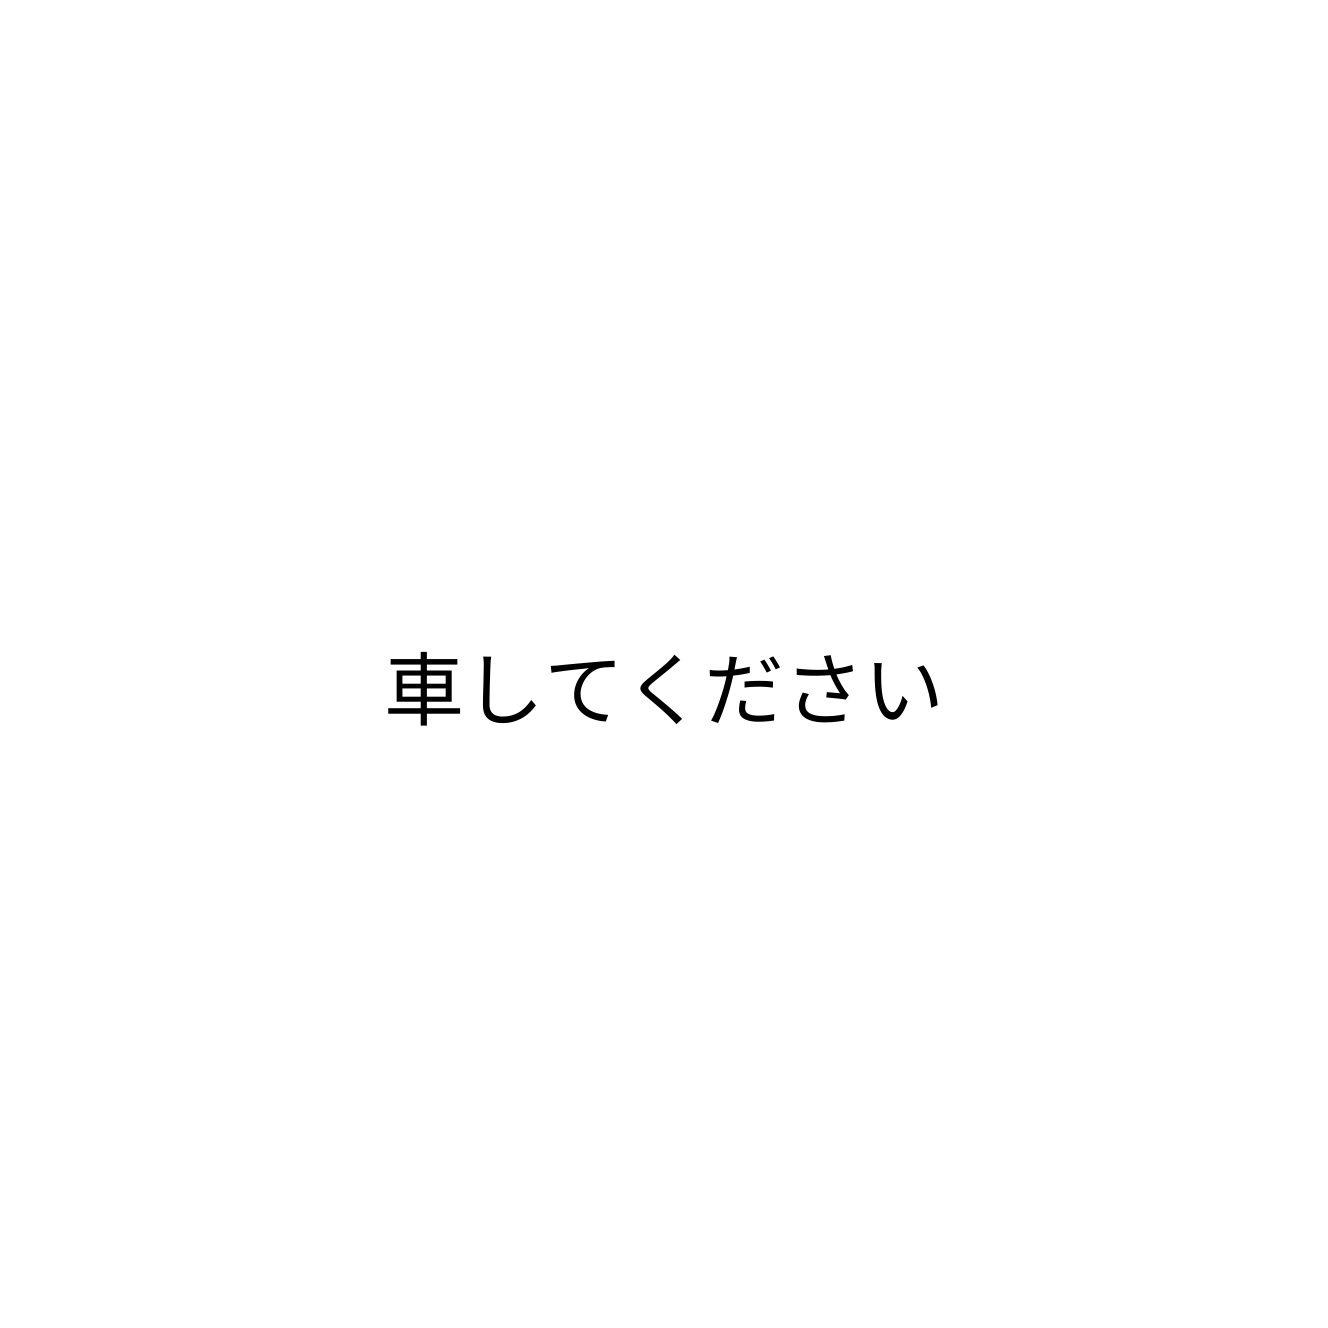
車してください